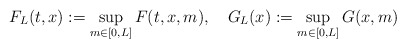
\begin{align*}F_L(t,x) := \sup_{m \in [0,L]} F(t,x,m), ~~~ G_L(x) := \sup_{m \in [0,L]} G(x,m)\end{align*}